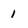
Character: 1